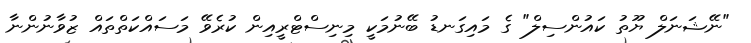
"ނޭޝަނަލް ޔޫތު ކައުންސިލް" ގެ މައިގަނޑު ބޭނުމަކީ މިނިސްޓްރީއިން ކުރެވޭ މަސައްކަތްތައް ޒުވާނުންނާ